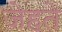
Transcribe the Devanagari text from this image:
जेहते